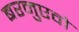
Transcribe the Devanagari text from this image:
बरनुएवो